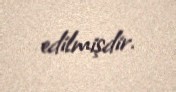
edilmişdir.